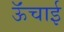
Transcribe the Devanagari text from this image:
ऊॅंचाई